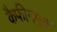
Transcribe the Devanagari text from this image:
कैफीनमुक्त